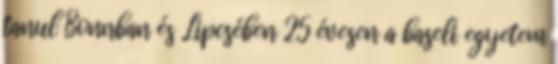
tanul Bonnban és Lipcsében 25 évesen a baseli egyetem